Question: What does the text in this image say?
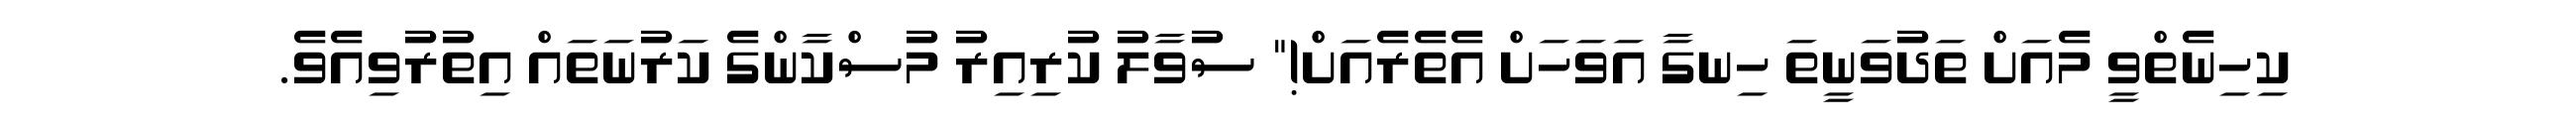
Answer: ކިހިނެތްވީ މެއަށް ތަދުވަނީތަ ހިނގާ އަވަހަށް އެތެރެއަށް!" ސުވާލު ކުރިއިރު މުސްކާންގެ ކަރުނަތައް އިތުރުވިއެވެ.